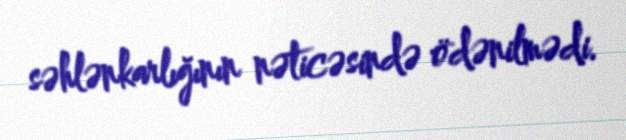
səhlənkarlığının nəticəsində ödənilmədi.